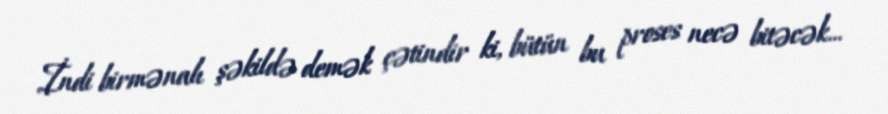
İndi birmənalı şəkildə demək çətindir ki, bütün bu proses necə bitəcək...